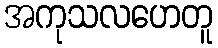
အကုသလဟေတူ